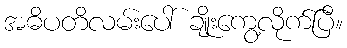
အဓိပတိလမ်းပေါ် ချိုးကွေ့လိုက်ပြီ။